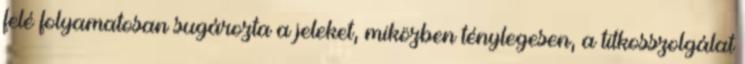
felé folyamatosan sugározta a jeleket, miközben ténylegesen, a titkosszolgálat